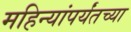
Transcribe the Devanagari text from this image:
महिन्यांपर्यंतच्या